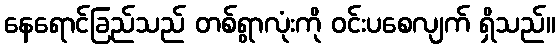
နေရောင်ခြည်သည် တစ်ရွာလုံးကို ဝင်းပစေလျက် ရှိသည်။